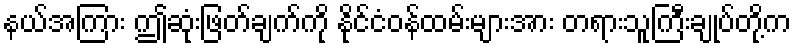
နယ်အကြား ဤဆုံးဖြတ်ချက်ကို နိုင်ငံဝန်ထမ်းများအား တရားသူကြီးချုပ်တို့က